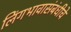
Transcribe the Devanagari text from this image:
लिंगभावासंबंधीचे